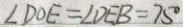
\angle D O E = \angle D E B = 7 5 ^ { \circ }